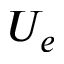
U _ { e }